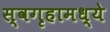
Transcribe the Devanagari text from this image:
स्वगृहामध्ये